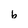
Character: b